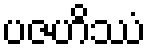
ပဇဟိဿံ